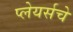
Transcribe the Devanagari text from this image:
प्लेयर्सचे